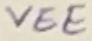
Text: VEE